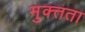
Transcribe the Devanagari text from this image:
मुक्त्तता